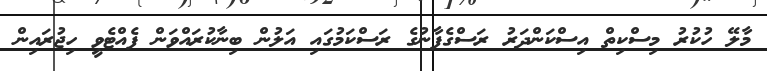
މާލޭ ހުކުރު މިސްކިތް އިސްކަންދަރު ރަސްގެފާނުގެ ރަސްކަމުގައި އަލުން ބިނާކުރައްވަން ފެއްޓެވީ ހިޖުރައިން